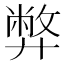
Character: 弊